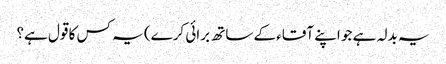
یہ بدلہ ہے جو اپنے آقاء کے ساتھ برائی کرے) یہ کس کا قول ہے؟